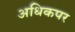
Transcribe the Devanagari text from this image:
अधिकपर